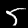
Label: 5